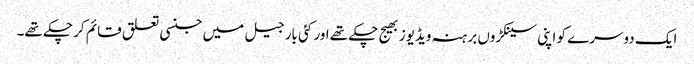
ایک دوسرے کو اپنی سینکڑوں برہنہ ویڈیوز بھیج چکے تھے اور کئی بار جیل میں جنسی تعلق قائم کر چکے تھے۔